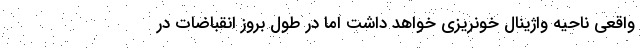
واقعی ناحیه واژینال خونریزی خواهد داشت اما در طول بروز انقباضات در